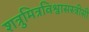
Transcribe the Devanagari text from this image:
शत्रुमित्रविश्वासस्त्रीसी